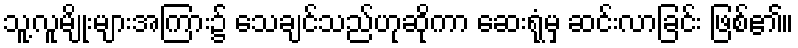
သူ့လူမျိုးများအကြား၌ သေချင်သည်ဟုဆိုကာ ဆေးရုံမှ ဆင်းလာခြင်း ဖြစ်၏။